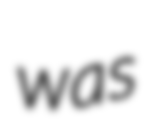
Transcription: was